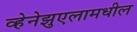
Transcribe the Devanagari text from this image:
व्हेनेझुएलामधील